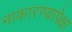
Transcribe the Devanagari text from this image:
नाकारण्यापेक्षा